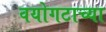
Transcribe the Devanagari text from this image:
वयोगटाच्या